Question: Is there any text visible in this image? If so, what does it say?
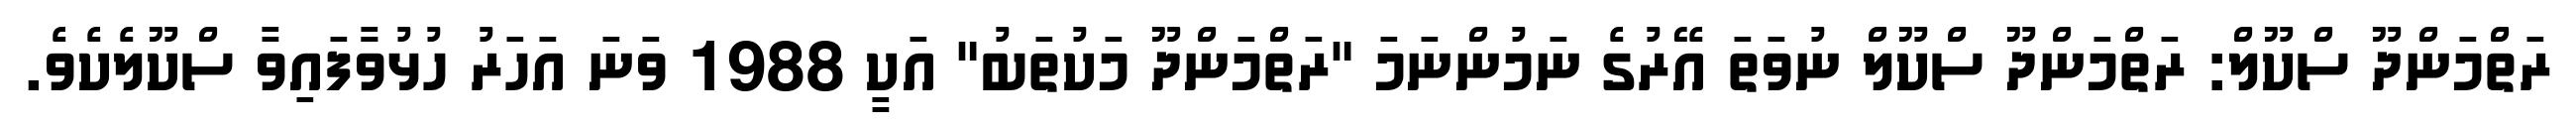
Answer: ރަތްމަންދޫ ސްކޫލް: ރަތްމަންދޫ ސްކޫލް ނުވަތަ އޭރުގެ ނަމުންނަމަ "ރަތްމަންދޫ މަކުތަބު" އަކީ 1988 ވަނަ އަހަރު ހުޅުވަާފައިވާ ސްކޫލެކެވެ.